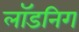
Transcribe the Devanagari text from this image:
लॉडनिग